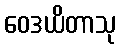
ဝေဒယိတာသု